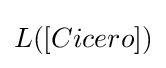
L([Cicero])